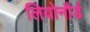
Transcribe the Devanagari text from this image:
लियोनौर्ड